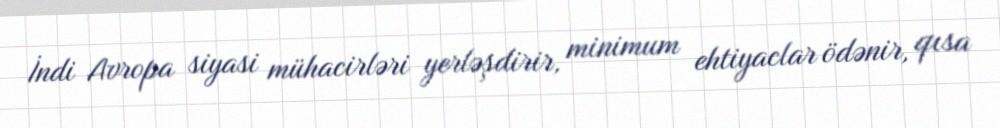
İndi Avropa siyasi mühacirləri yerləşdirir, minimum ehtiyaclar ödənir, qısa